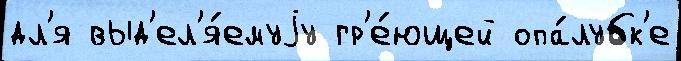
дл'я выд'ел'я́емуjу гр'е́ющей опа́лубк'е